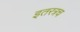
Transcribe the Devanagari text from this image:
इतरत्रच